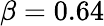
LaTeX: \beta=0.64